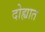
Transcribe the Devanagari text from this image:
दोह्यात